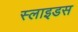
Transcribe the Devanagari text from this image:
स्‍लाइडस